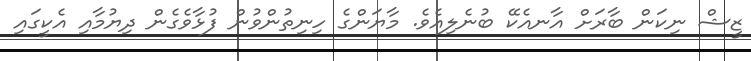
ޒީޝް ނިކަން ބާރަށް އާނއެކޭ ބުނެލިއެވެ. މާޔަންގެ ހިނިތުންވުން ފުޅާވެގެން ދިޔުމާއި އެކީގައި